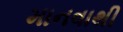
માનવાથી